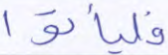
فليأتوا